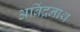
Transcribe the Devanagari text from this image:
अब्रिंद्रनाथ